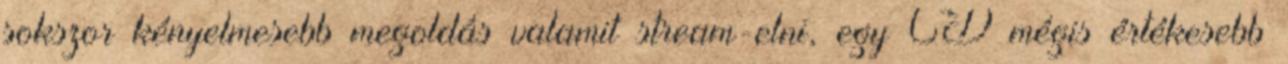
sokszor kényelmesebb megoldás valamit stream-elni, egy CD mégis értékesebb